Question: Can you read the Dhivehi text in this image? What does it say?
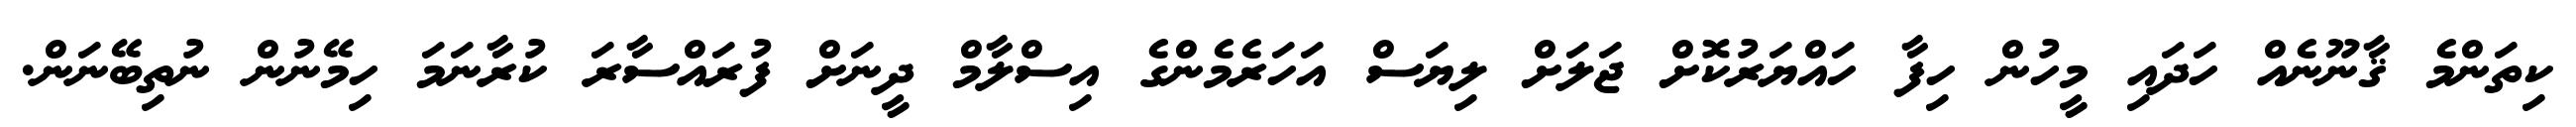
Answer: ކިތަންމެ ޤާނޫނެއް ހަދައި މީހުން ހިފާ ހައްޔަރުކޮށް ޖަލަށް ލިޔަސް އަހަރެމެންގެ އިސްލާމް ދީނަށް ފުރައްސާރަ ކުރާނަމަ ހިމޭނުން ނުތިބޭނަން.